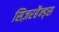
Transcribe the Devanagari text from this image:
सिज़रहैन्ड्स